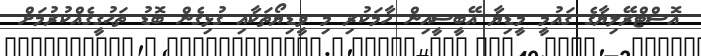
އޮސްޓްރޭލިޔާގެ ޤައުމީ މީޑިޔާ އޭބީސީއިން ހާމަކުރި މި ވީޑިޔޯތަކާއި ގުޅިގެން ބޮޑު ތަޙުޤީޤެއްކުރުމަށް